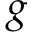
g